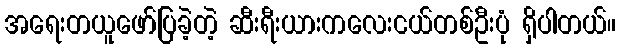
အရေးတယူဖော်ပြခဲ့တဲ့ ဆီးရီးယားကလေးငယ်တစ်ဦးပုံ ရှိပါတယ်။